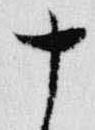
十